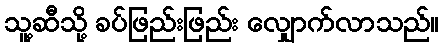
သူ့ဆီသို့ ခပ်ဖြည်းဖြည်း လျှောက်လာသည်။